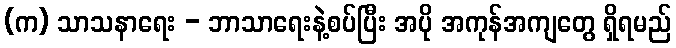
(က) သာသနာရေး - ဘာသာရေးနဲ့စပ်ပြီး အပို အကုန်အကျတွေ ရှိရမည်